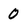
Character: 0